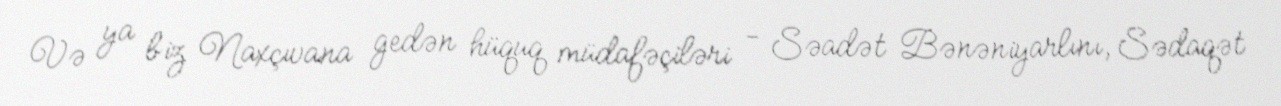
Və ya biz Naxçıvana gedən hüquq müdafəçiləri - Səadət Bənəniyarlını, Sədaqət